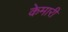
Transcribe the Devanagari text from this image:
केमारी